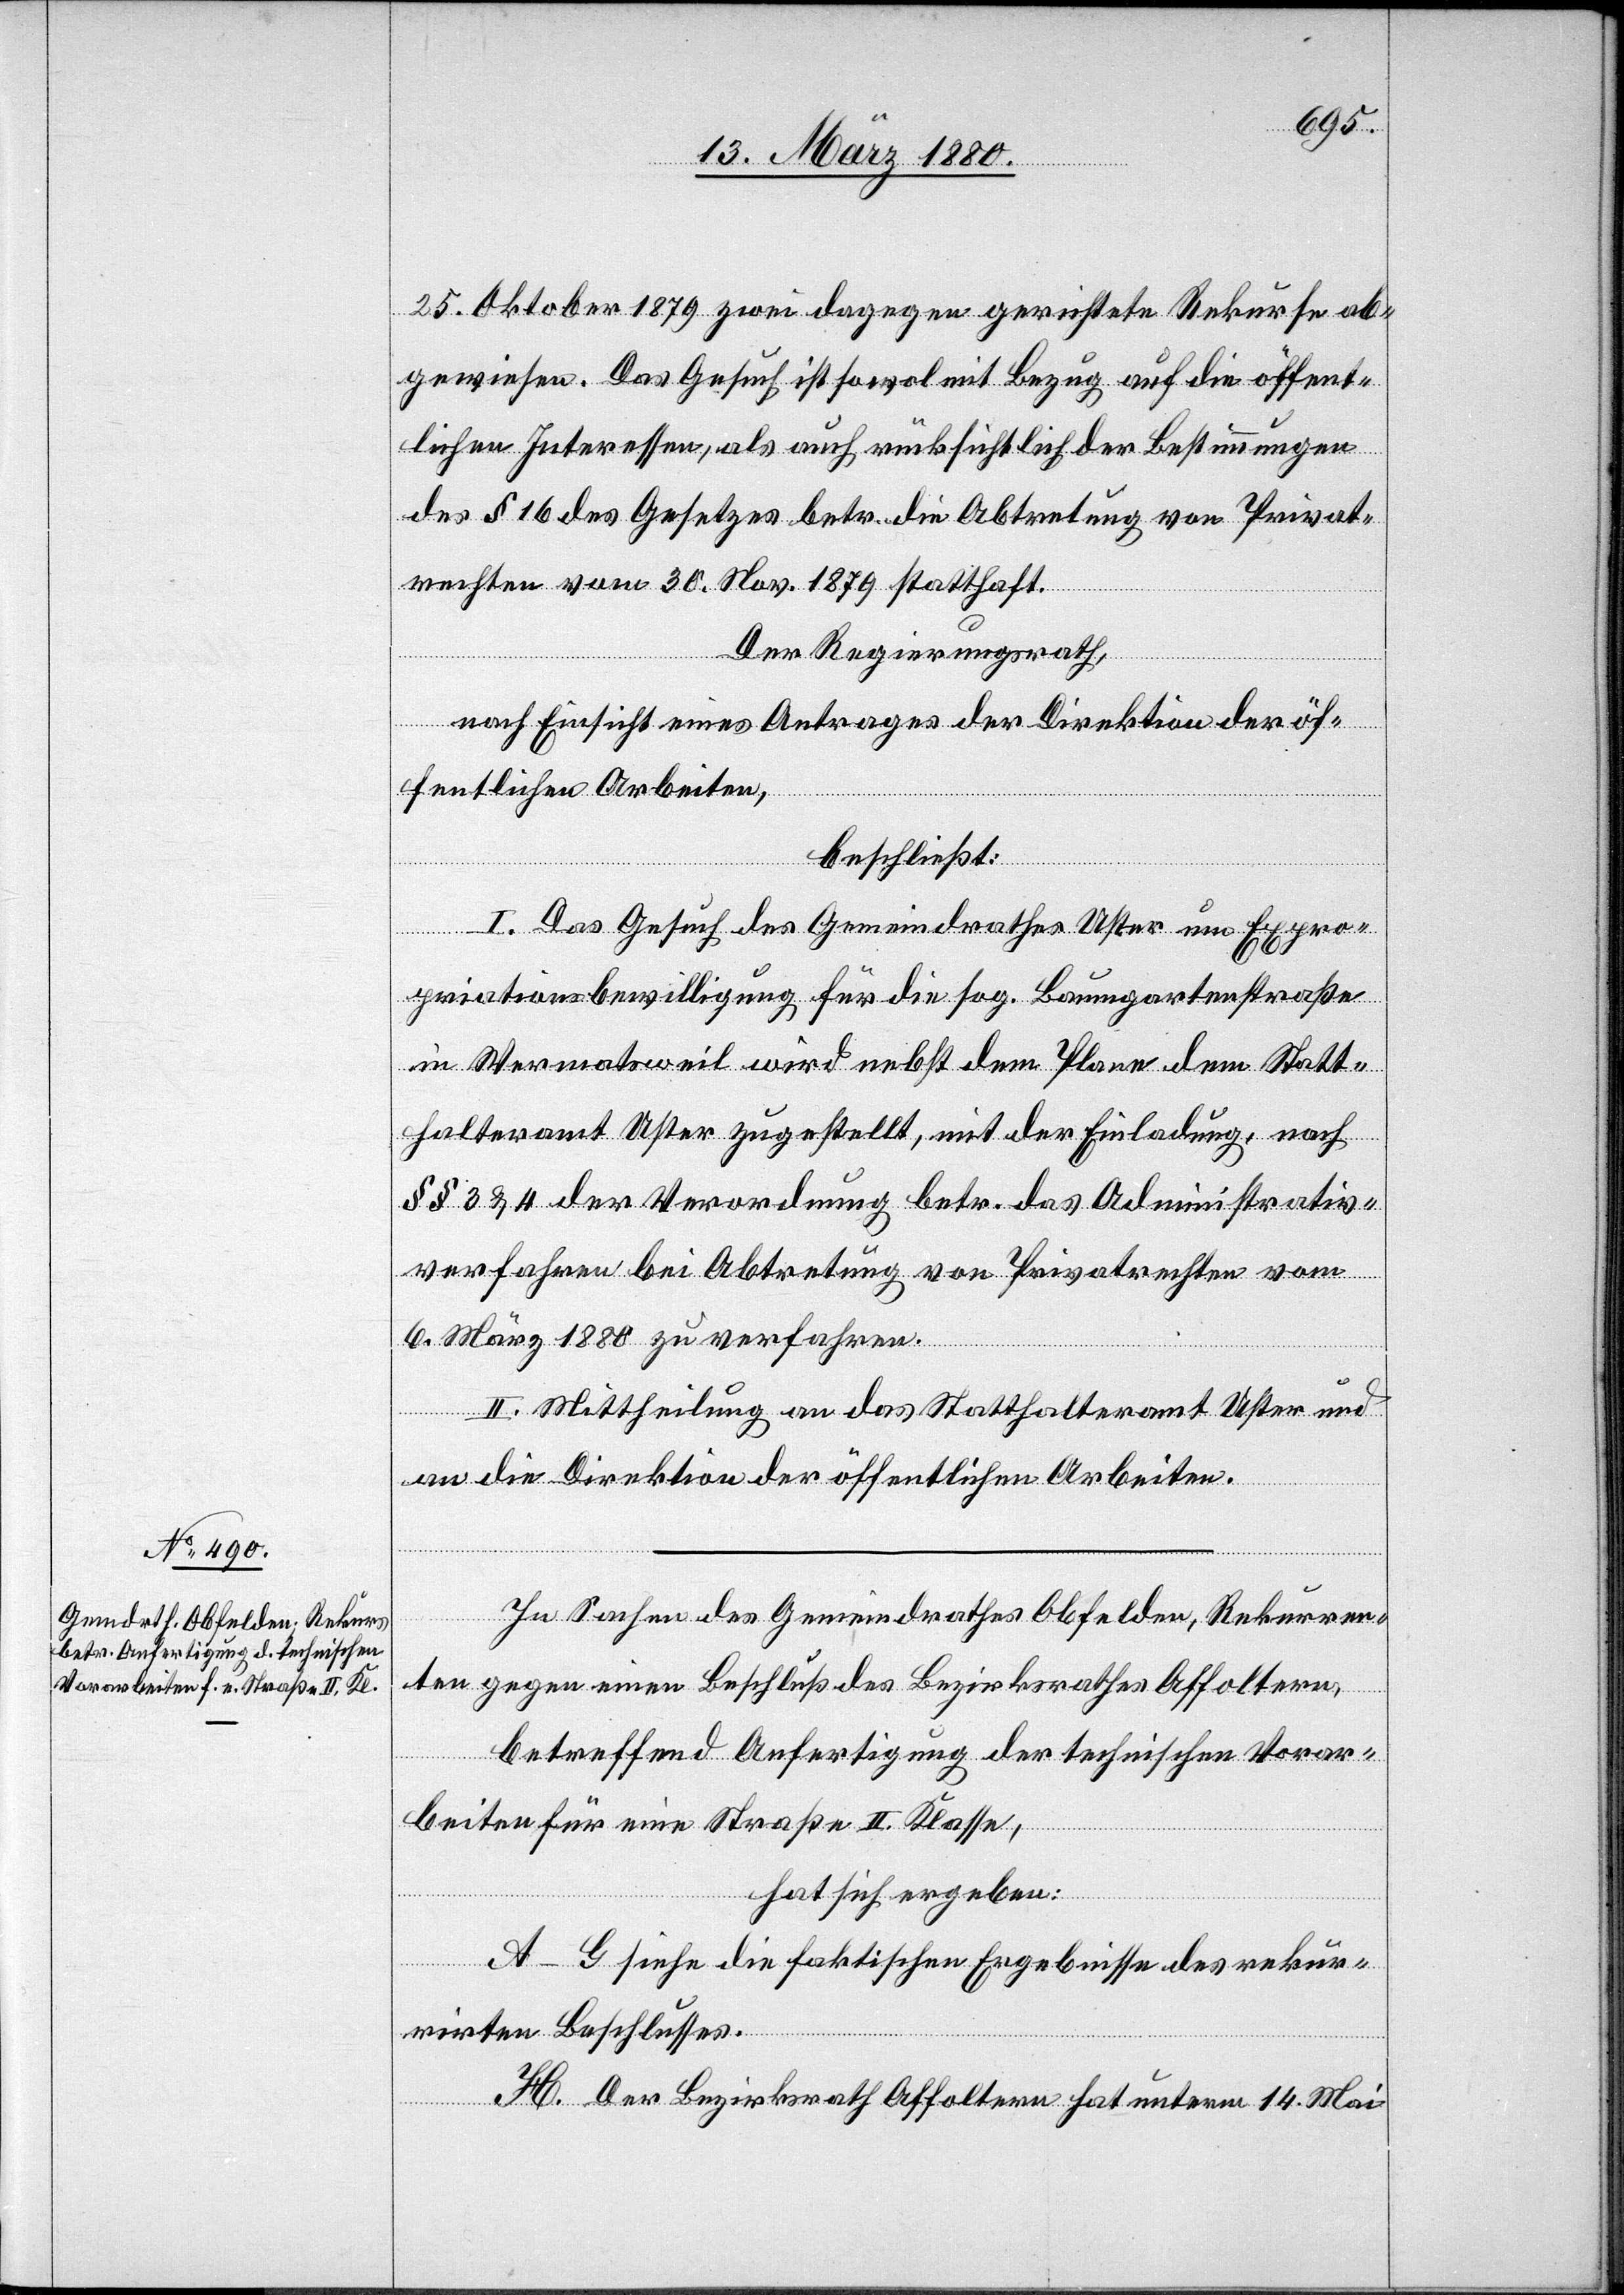
25. Oktober 1879 zwei dagegen gerichtete Rekurse ab¬
gewiesen. Das Gesuch ist sowol mit Bezug auf die öffent¬
lichen Interessen, als auch rücksichtlich der Bestimmungen
des § 16 des Gesetzes betr. die Abtretung von Privat¬
rechten vom 30. Nov. 1879 statthaft.
Der Regierungsrath,
nach Einsicht eines Antrages der Direktion der öf¬
fentlichen Arbeiten,
beschließt:
I. Das Gesuch des Gemeindrathes Uster um Expro¬
priationsbewilligung für die sog. Baumgartenstraße
in Wermatsweil wird nebst dem Plane dem Statt¬
halteramte Uster zugestellt, mit der Einladung, nach
§§ 3 & 4 der Verordnung betr. das Administrativ¬
verfahren bei Abtretung von Privatrechten vom
6. März 1880 zu verfahren.
II. Mittheilung an das Statthalteramt Uster und
an die Direktion der öffentlichen Arbeiten.
In Sachen des Gemeindrathes Obfelden, Rekurren¬
ten gegen einen Beschluß des Bezirksrathes Affoltern,
betreffend Anfertigung der technischen Vorar¬
beiten für eine Straße II. Klasse,
hat sich ergeben:
A–G siehe die faktischen Ergebnisse des rekur¬
rirten Beschlusses.
H. Der Bezirksrath Affoltern hat unterm 14. Mai